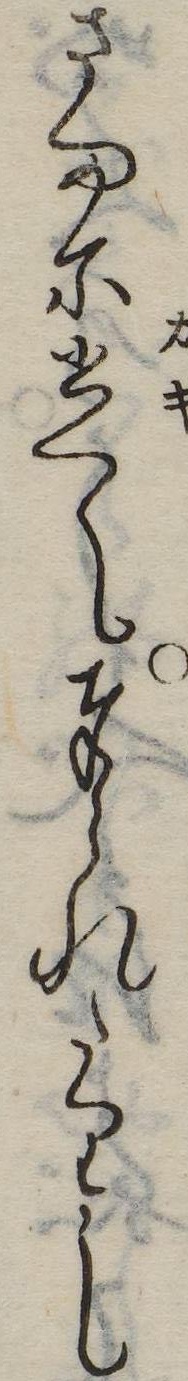
さまに書て奉られたりし